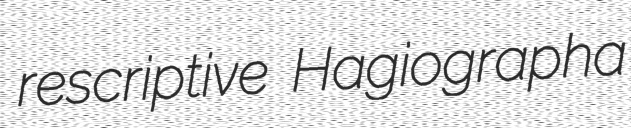
rescriptive Hagiographa